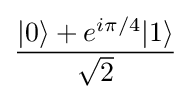
{\frac {|0\rangle +e^{i\pi /4}|1\rangle }{\sqrt {2}}}